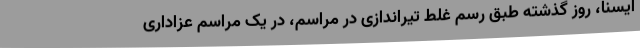
ایسنا، روز گذشته طبق رسم غلط تیراندازی در مراسم، در یک مراسم عزاداری